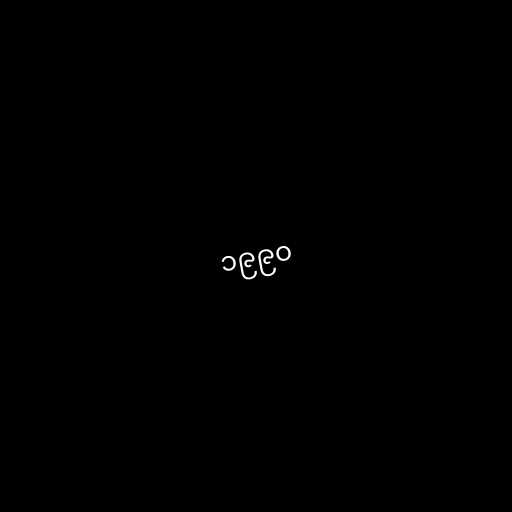
၁၉၉၀